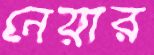
নেয়ার